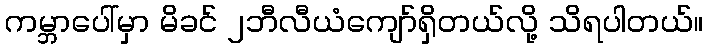
ကမ္ဘာပေါ်မှာ မိခင် ၂ဘီလီယံကျော်ရှိတယ်လို့ သိရပါတယ်။